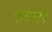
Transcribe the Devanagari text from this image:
तापमाप